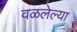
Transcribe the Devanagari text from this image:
वळलेल्या